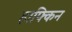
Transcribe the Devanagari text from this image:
हाफ्किन